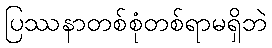
ပြဿနာတစ်စုံတစ်ရာမရှိဘဲ